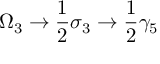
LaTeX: \Omega _ { 3 } \rightarrow \frac { 1 } { 2 } \sigma _ { 3 } \rightarrow \frac { 1 } { 2 } \gamma _ { 5 }